Vaccination Hyderabad 1890-1903 - 1890-1903
Year: 1890
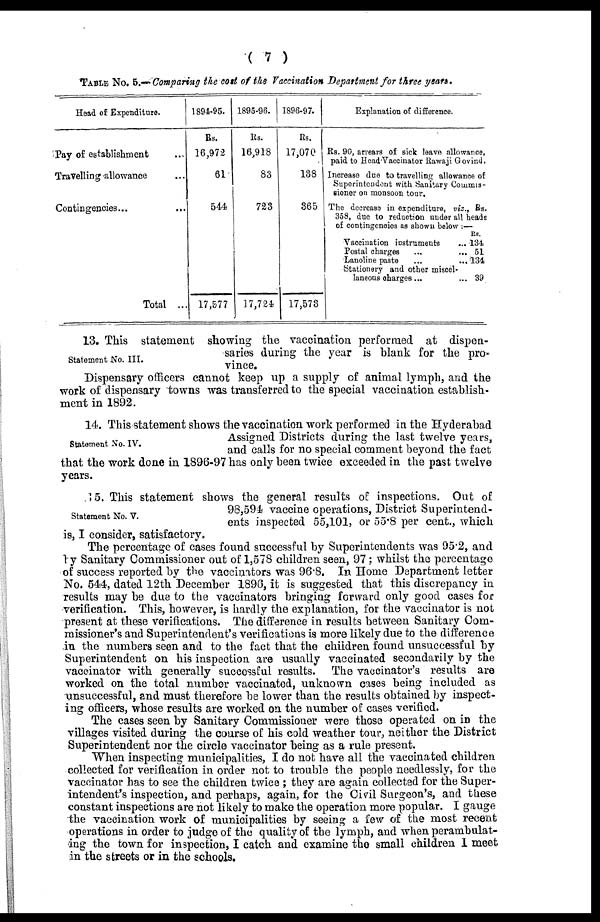
( 7 )
TABLE No. 5.— Comparing the cost of the Vaccination Department for three years.
Head of Expenditure.
Pay of establishment ...
Travelling allowance ...
Contingencies... ...
Total ...
1894-95.
Rs.
16,972
61
544
17,577
1895-96.
Rs.
16,918
83
723
17,724
1896-97.
Rs.
17,070
138
365
17,573
Explanation of difference.
Rs. 90, arrears of sick leave allowance,
paid to Head Vaccinator Rawaji Govind.
Increase due to travelling allowance of
Superintendent with Sanitary Commis-
sioner on monsoon tour.
The decrease in expenditure, viz., Rs.
358, due to reduction under all heads
of contingencies as shown below :—
Vaccination instruments ...
Postal charges ... ...
Lanoline paste
...
...
Stationery and other miscel-
laneous charges... ...
Rs.
134
51
134
39
Statement No. III.
13. This statement showing the vaccination performed at dispen-
saries during the year is blank for the pro-
vince.
Dispensary officers cannot keep up a supply of animal lymph, and the
work of dispensary towns was transferred to the special vaccination establish-
ment in 1892.
Statement No. IV.
14. This statement shows the vaccination work performed in the Hyderabad
Assigned Districts during the last twelve years,
and calls for no special comment beyond the fact
that the work done in 1896-97 has only been twice exceeded in the past twelve
years.
Statement No. V.
15. This statement shows the general results of inspections. Out of
98,594 vaccine operations, District Superintend-
ents inspected 55,101, or 55.8 per cent., which
is, I consider, satisfactory.
The percentage of cases found successful by Superintendents was 95.2, and
by Sanitary Commissioner out of 1,578 children seen, 97; whilst the percentage
of success reported by the vaccinators was 96.8. In Home Department letter
No. 544, dated 12th December 1896, it is suggested that this discrepancy in
results may be due to the vaccinators bringing forward only good cases for
verification. This, however, is hardly the explanation, for the vaccinator is not
present at these verifications. The difference in results between Sanitary Com-
missioner's and Superintendent's verifications is more likely due to the difference
in the numbers seen and to the fact that the children found unsuccessful by
Superintendent on his inspection are usually vaccinated secondarily by the
vaccinator with generally successful results. The vaccinator's results are
worked on the total number vaccinated, unknown cases being included as
unsuccessful, and must therefore be lower than the results obtained by inspect-
ing officers, whose results are worked on the number of cases verified.
The cases seen by Sanitary Commissioner were those operated on in the
villages visited during the course of his cold weather tour, neither the District
Superintendent nor the circle vaccinator being as a rule present.
When inspecting municipalities, I do not have all the vaccinated children
collected for verification in order not to trouble the people needlessly, for the
vaccinator has to see the children twice ; they are again collected for the Super-
intendent's inspection, and perhaps, again, for the Civil Surgeon's, and these
constant inspections are not likely to make the operation more popular. I gauge
the vaccination work of municipalities by seeing a few of the most recent
operations in order to judge of the quality of the lymph, and when perambulat-
ing the town for inspection, I catch and examine the small children I meet
in the streets or in the schools.